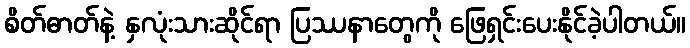
စိတ်ဓာတ်နဲ့ နှလုံးသားဆိုင်ရာ ပြဿနာတွေကို ဖြေရှင်းပေးနိုင်ခဲ့ပါတယ်။